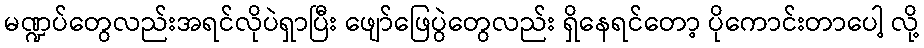
မဏ္ဍပ်တွေလည်းအရင်လိုပဲရှာပြီး ဖျော်ဖြေပွဲတွေလည်း ရှိနေရင်တော့ ပိုကောင်းတာပေါ့ လို့